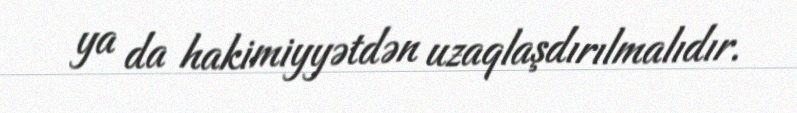
ya da hakimiyyətdən uzaqlaşdırılmalıdır.